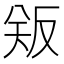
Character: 𪠫